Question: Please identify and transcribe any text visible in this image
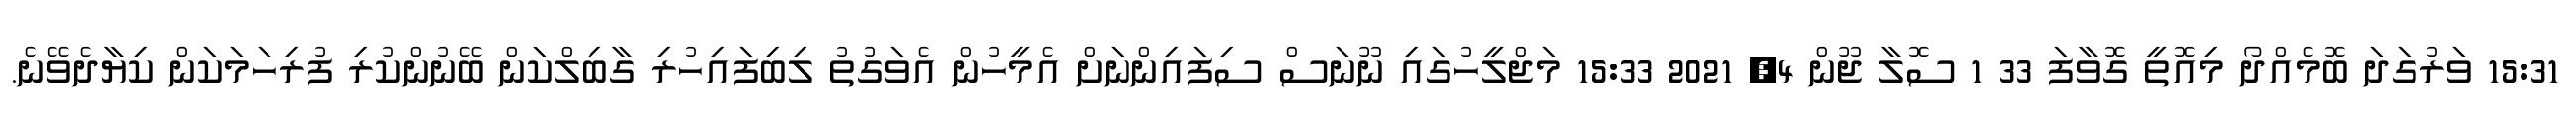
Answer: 15:31 ވަރުގަދަ ބޮމެއްދޯ މިއޮތީ ގޮވާފަ 33 1 ސޮލާ ޖޫން 4, 2021 15:33 މަޖްލީހުގައި ނޫނަސް ސިފައިންނަށް އެމީހުން އެވަގުތު ލިބިފައިހުރި ގާބިލްކަން ބޭނުންކުރި ފުރިހަމަކަން ކިޔާދެވޭނެ.